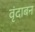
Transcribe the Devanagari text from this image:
वृंदाबन